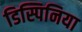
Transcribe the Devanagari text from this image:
डिस्पिनिया